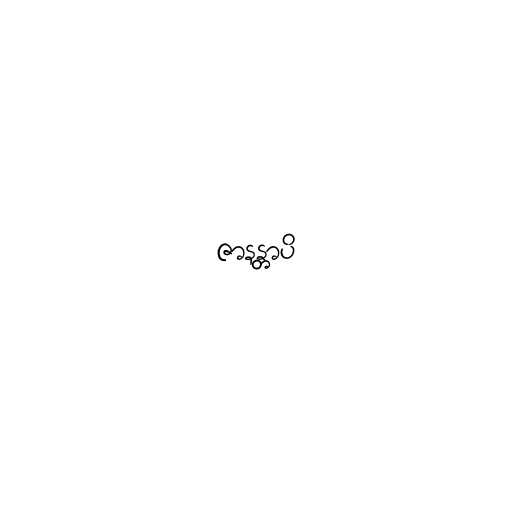
ဇာနန္တာပိ